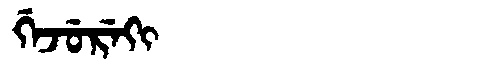
Manchu: ᡤᡝᠵᡠᡵᡝᡴᡳ
Romanization: GEJUREKI